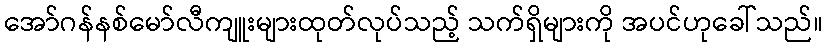
အော်ဂန်နစ်မော်လီကျူးများထုတ်လုပ်သည့် သက်ရှိများကို အပင်ဟုခေါ်သည်။